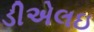
ડીએલઇ